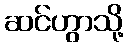
ဆင်ဟွာသို့